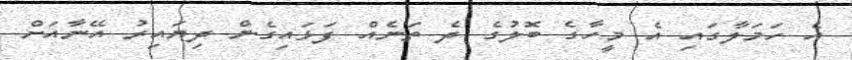
އެ ހަމަލާގައި އެ މީހާގެ ބޮލުގެ ދެ ތަނެއް ފަޅައިގެން ދިޔައިރު އޭނާއަށް